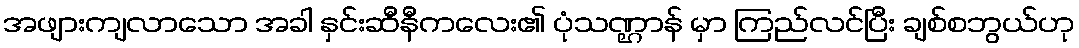
အဖျားကျလာသော အခါ နှင်းဆီနီကလေး၏ ပုံသဏ္ဌာန် မှာ ကြည်လင်ပြီး ချစ်စဘွယ်ဟု